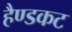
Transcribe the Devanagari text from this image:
हैण्डकट